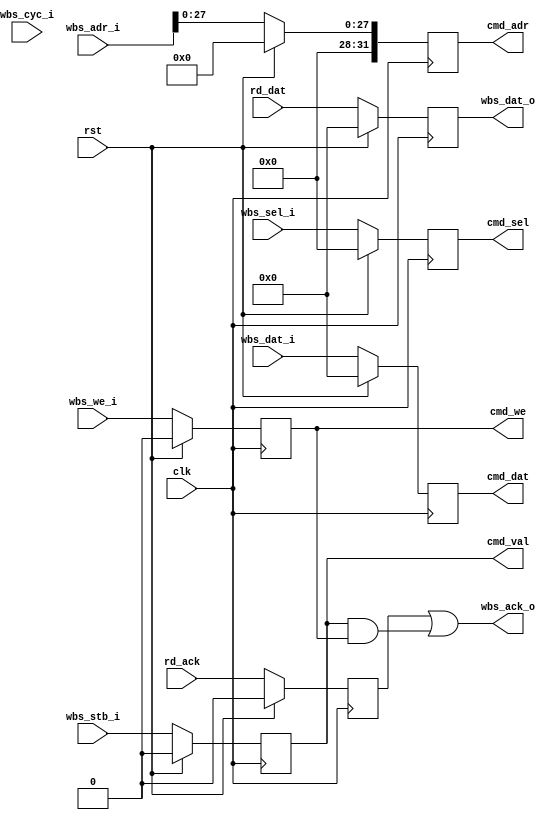
module wb_slave (
`ifdef USE_POWER_PINS
   inout vccd1,
   inout vssd1,
`endif

   input                clk,
   input                rst,
   input                wbs_stb_i,
   input                wbs_cyc_i,
   input                wbs_we_i,
   input  [3:0]         wbs_sel_i,
   input  [31:0]        wbs_dat_i,
   input  [31:0]        wbs_adr_i,
   output               wbs_ack_o,
   output [31:0]        wbs_dat_o,
   output               cmd_val,
   output [31:0]        cmd_adr,
   output               cmd_we,
   output [3:0]         cmd_sel,
   output [31:0]        cmd_dat,
   input                rd_ack,
   input  [31:0]        rd_dat

);

   reg                  cmd_val_q;
   wire                 cmd_val_d;
   reg    [31:0]        cmd_adr_q;
   wire   [31:0]        cmd_adr_d;
   reg                  cmd_we_q;
   wire                 cmd_we_d;
   reg    [3:0]         cmd_sel_q;
   wire   [3:0]         cmd_sel_d;
   reg    [31:0]        cmd_dat_q;
   wire   [31:0]        cmd_dat_d;
   reg                  rd_ack_q;
   wire                 rd_ack_d;
   reg    [31:0]        rd_dat_q;
   wire   [31:0]        rd_dat_d;

   wire                 stall;
   wire                 base_match;

   // FF
   always @(posedge clk) begin
      if (rst) begin
         cmd_val_q <= 1'b0;
         cmd_adr_q <= 31'h0;
         cmd_we_q <= 1'b0;
         cmd_sel_q <= 4'b0;
         cmd_dat_q <= 32'h0;
         rd_ack_q <= 1'b0;
         rd_dat_q <= 32'h0;
      end else begin
         cmd_val_q <= cmd_val_d;
         cmd_adr_q <= cmd_adr_d;
         cmd_we_q <= cmd_we_d;
         cmd_sel_q <= cmd_sel_d;
         cmd_dat_q <= cmd_dat_d;
         rd_ack_q <= rd_ack_d;
         rd_dat_q <= rd_dat_d;
      end
   end

   // WB

   assign stall = 'b0;
   assign base_match = 'b1;

   assign cmd_val_d = base_match & wbs_stb_i & ~stall;
   assign cmd_adr_d = wbs_adr_i[27:0];
   assign cmd_we_d = wbs_we_i;
   assign cmd_sel_d = wbs_sel_i;
   assign cmd_dat_d = wbs_dat_i;
   assign wbs_ack_o = rd_ack_q | (cmd_val_q & cmd_we_q);  // block with reset?
   assign wbs_dat_o = rd_dat_q;

   // Outputs

   assign cmd_val = cmd_val_q;
   assign cmd_adr = cmd_adr_q;
   assign cmd_we = cmd_we_q;
   assign cmd_sel = cmd_sel_q;
   assign cmd_dat = cmd_dat_q;

   // Inputs
   assign rd_ack_d = rd_ack;
   assign rd_dat_d = rd_dat;

endmodule